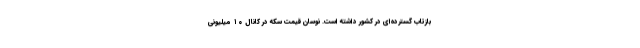
بازتاب گسترده‌ای در کشور داشته است. نوسان قیمت سکه در کانال ۱۰ میلیونی